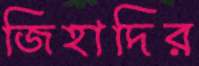
জিহাদির